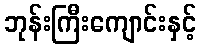
ဘုန်းကြီးကျောင်းနှင့်